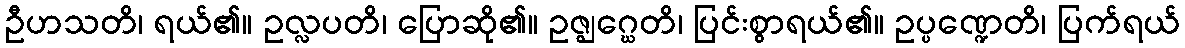
ဦဟသတိ၊ ရယ်၏။ ဥလ္လပတိ၊ ပြောဆို၏။ ဥဇ္ဈဂ္ဃေတိ၊ ပြင်းစွာရယ်၏။ ဥပ္ပဏ္ဍေတိ၊ ပြက်ရယ်